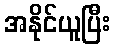
အနိုင်ယူပြီး